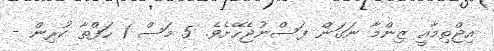
އިޖްތިމާއީ ޒިންމާ ނަގަން ފަސްނުޖެހޭށެވެ. 5 މަސް 1 ހަފްތާ ކުރިން -